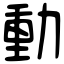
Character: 動